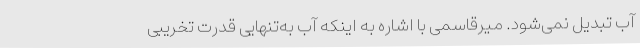
آب تبدیل نمی‌شود. میرقاسمی با اشاره به اینکه آب به‌تنهایی قدرت تخریبی